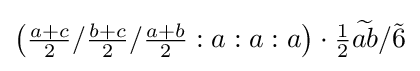
\left({\tfrac {a+c}{2}}/{\tfrac {b+c}{2}}/{\tfrac {a+b}{2}}:a:a:a\right)\cdot {\tfrac {1}{2}}{\widetilde {ab}}/{\tilde {6}}